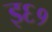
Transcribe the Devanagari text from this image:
इ६१